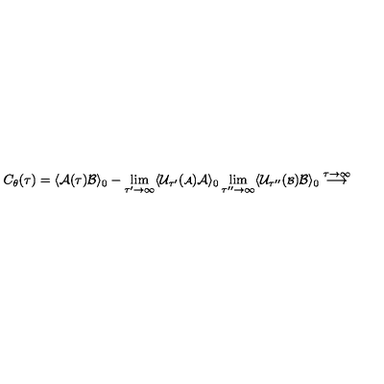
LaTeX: C _ { \theta } ( \tau ) = \langle { \cal A } ( \tau ) { \cal B } \rangle _ { 0 } - \lim _ { \tau ^ { \prime } \rightarrow \infty } \langle { \cal U } _ { \tau ^ { \prime } } ( { \scriptstyle { \cal A } } ) { \cal A } \rangle _ { 0 } \lim _ { \tau ^ { \prime \prime } \rightarrow \infty } \langle { \cal U } _ { \tau ^ { \prime \prime } } ( { \scriptstyle { \cal B } } ) { \cal B } \rangle _ { 0 } \stackrel { \tau \rightarrow \infty } { \longrightarrow }